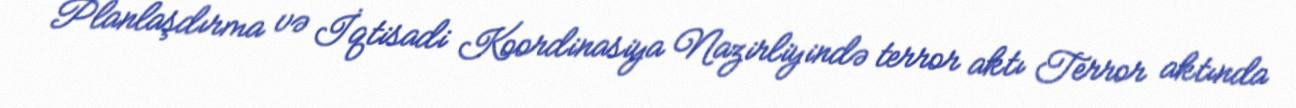
Planlaşdırma və İqtisadi Koordinasiya Nazirliyində terror aktı Terror aktında